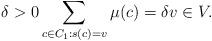
LaTeX: \begin{align*} \delta>0 \sum_{c\in C_1: s(c)=v} \mu(c)=\delta v\in V.\end{align*}